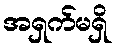
အရှက်မရှိ